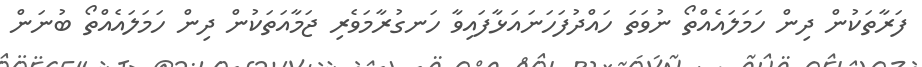
ފަރާތަކުން ދިން ހަމަލައެއްތޯ ނުވަތަ ހައްދުފަހަނައަޅާފައިވާ ހަނގުރާމަވެރި ޖަމާއަތަކުން ދިން ހަމަލައެއްތޯ ބުނަން